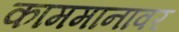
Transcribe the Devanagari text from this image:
काममानावर